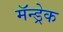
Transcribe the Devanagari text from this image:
मॅन्ड्रेक